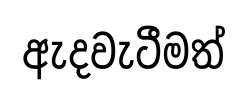
ඇදවැටීමත්